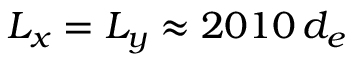
L _ { x } = L _ { y } \approx 2 0 1 0 \, d _ { e }